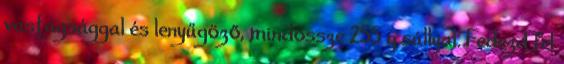
vastagsággal és lenyűgöző, mindössze 255 g súllyal. Fedezd fel